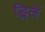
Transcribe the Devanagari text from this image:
ड्रिलें